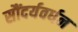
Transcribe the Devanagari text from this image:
सौंदर्यवर्धन